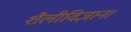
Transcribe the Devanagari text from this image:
शैलीविज्ञान।